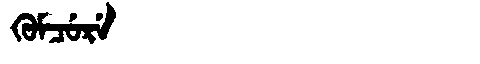
Manchu: ᡴᡠᠮᠴᡠᡵᡝ
Romanization: KUMCURE